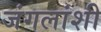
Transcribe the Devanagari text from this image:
जंगलांशी